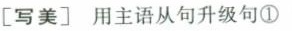
[写美]用主语从句升级句①